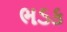
ભડક